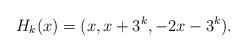
LaTeX: \begin{align*} H_k(x) = (x, x+3^k, -2x - 3^k).\end{align*}